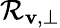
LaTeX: \mathcal{R}_{\mathbf{v},\perp}